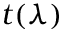
t ( \lambda )